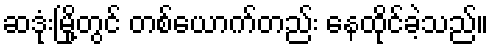
ဆဒုံးမြို့တွင် တစ်ယောက်တည်း နေထိုင်ခဲ့သည်။